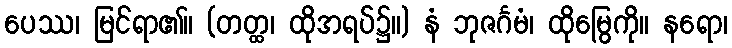
ပေဿ၊ မြင်ရာ၏။ (တတ္ထ၊ ထိုအရပ်၌။) နံ ဘုဇင်္ဂမံ၊ ထိုမြွေကို။ နရော၊